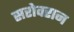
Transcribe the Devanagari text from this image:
सरोवरान